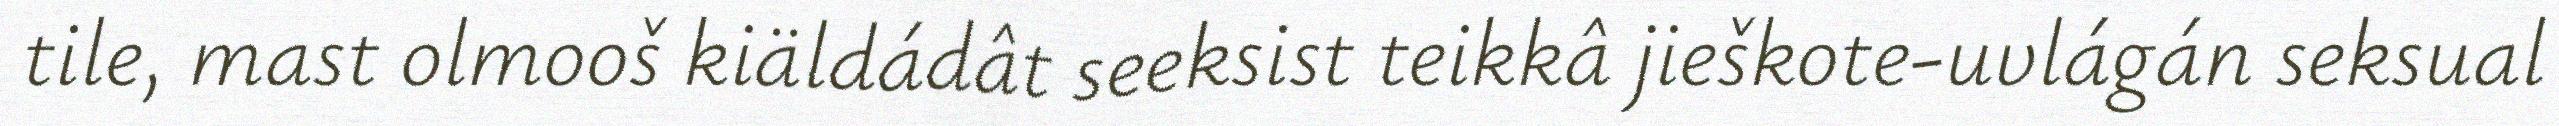
tile, mast olmooš kiäldádât seeksist teikkâ jieškote-uvlágán seksual